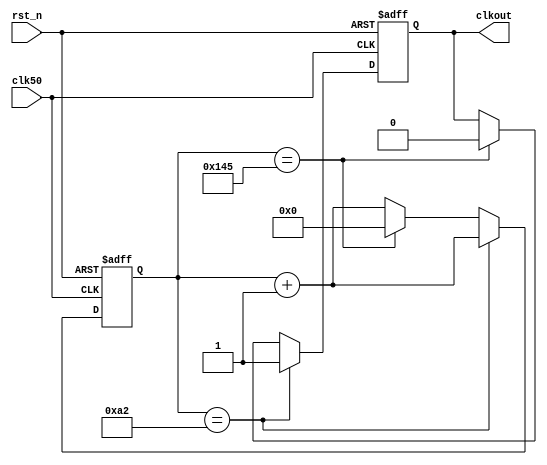
//
//clk50,rst_n
//clkout
//50MHz326uart
module clkdiv(
    input clk50,
    input rst_n,
    output reg clkout
);
    reg [15:0] cnt;
    always @(posedge clk50 or negedge rst_n)
    begin
        if(!rst_n)
        begin
            cnt <= 16'b0;
            clkout <= 1'b0;
        end
        else if(cnt == 16'd162) 
        begin
            clkout <= 1'b1;
            cnt <= cnt + 16'd1;
        end
            else if(cnt == 16'd325) 
        begin
            clkout <= 1'b0;
            cnt <= 16'd0;
        end
            else 
        begin
            cnt <= cnt + 16'd1;
        end
    end
endmodule